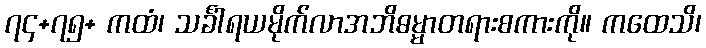
၇၄+၇၅+ ကထံ၊ သင်္ခါရယမိုက်လာအဘိဓမ္မာတရားစကားကို။ ကထေသိ၊